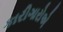
કારીગારોએ